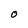
Character: O